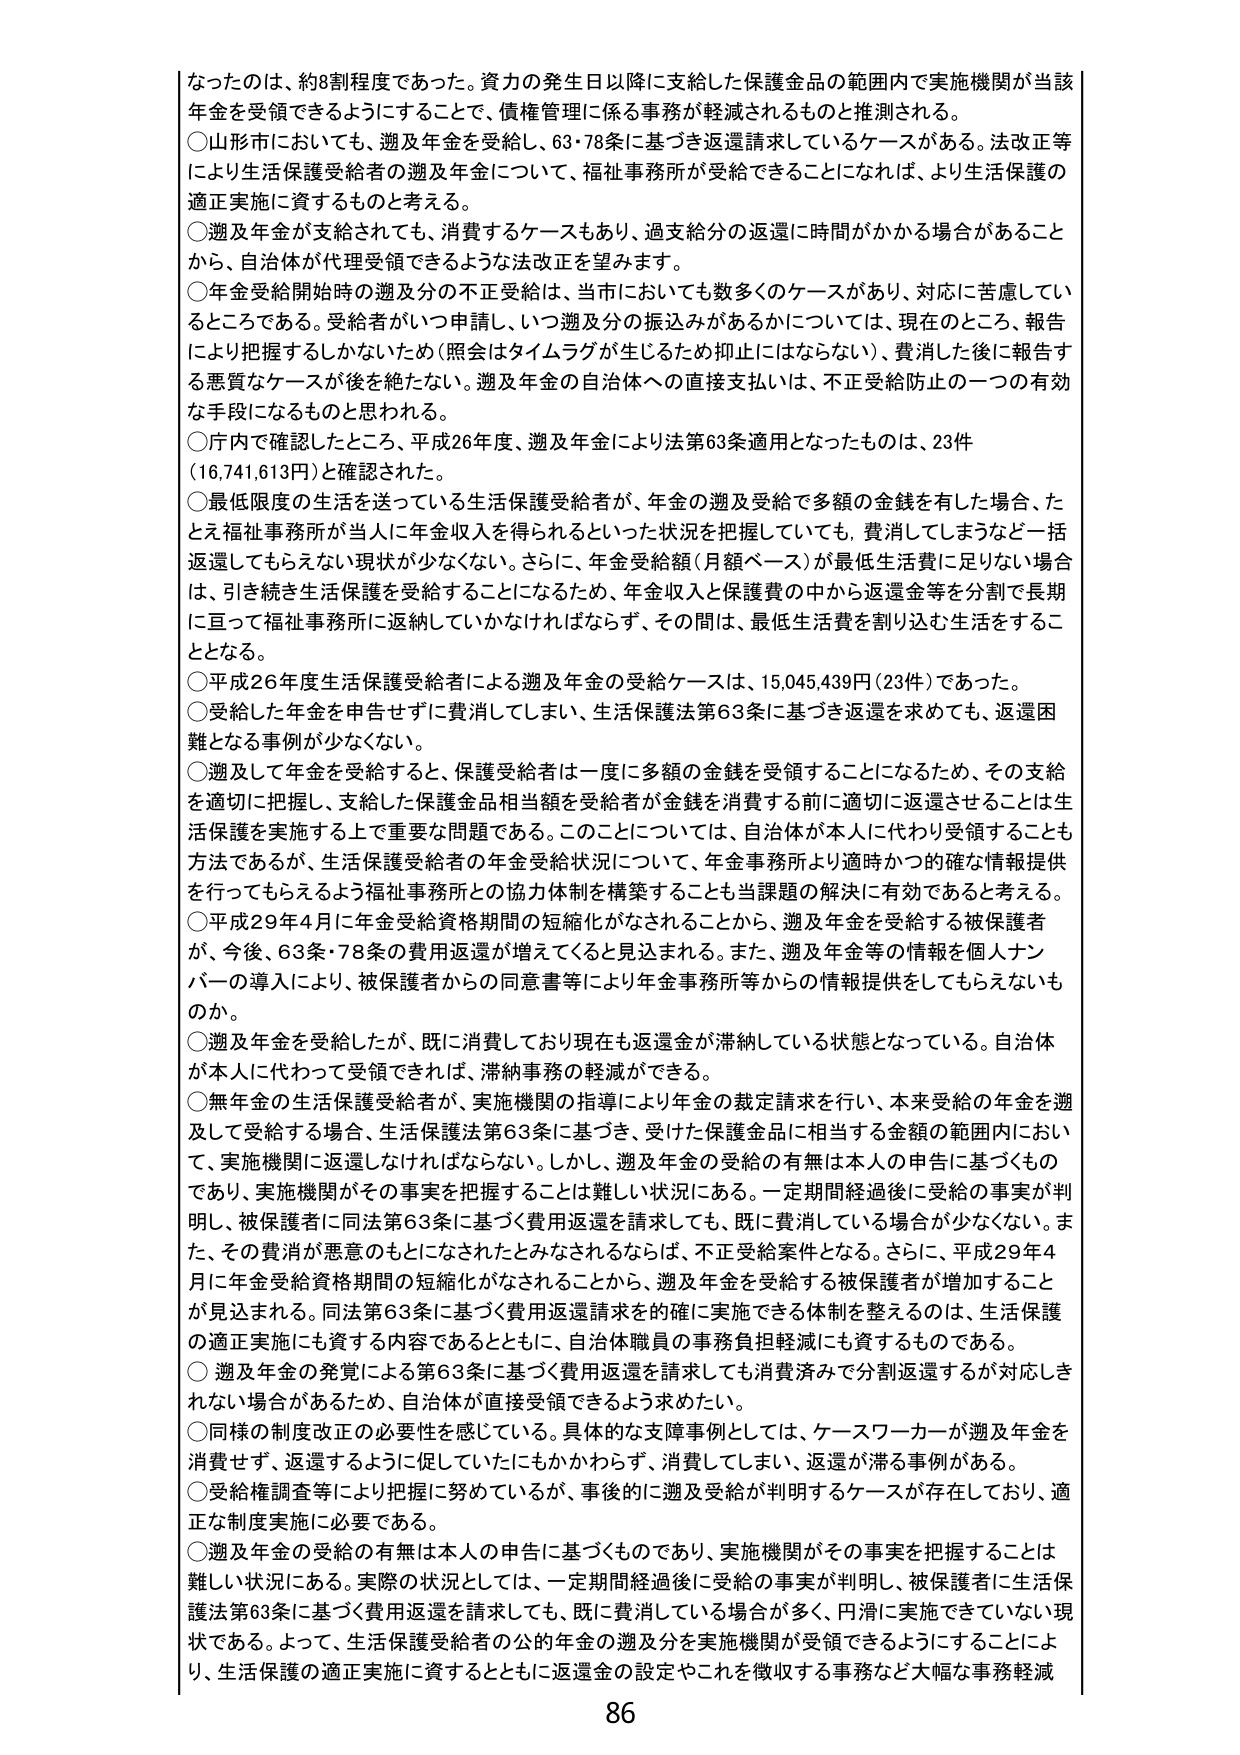
なったのは、約8割程度であった。資力の発生日以降に支給した保護金品の範囲内で実施機関が当該年金を受領できるようにすることで、債権管理に係る事務が軽減されるものと推測される。

○山形市においても、遡及年金を受給し、63・78条に基づき返還請求しているケースがある。法改正等により生活保護受給者の遡及年金について、福祉事務所が受給できることになれば、より生活保護の適正実施に資するものと考える。

○遡及年金が支給されても、消費するケースもあり、過支給分の返還に時間がかかる場合があることから、自治体が代理受領できるような法改正を望みます。

○年金受給開始時の遡及分の不正受給は、当市においても数多くのケースがあり、対応に苦慮しているところである。受給者がいつ申請し、いつ遡及分の振込みがあるかについては、現在のところ、報告により把握するしかないため（照会はタイムラグが生じるため抑止にはならない）、費消した後に報告する悪質なケースが後を絶たない。遡及年金の自治体への直接支払いは、不正受給防止の一つの有効な手段になるものと思われる。

○庁内で確認したところ、平成26年度、遡及年金により法第63条適用となったものは、23件（16,741,613円）と確認された。

○最低限度の生活を送っている生活保護受給者が、年金の遡及受給で多額の金銭を有した場合、たとえ福祉事務所が当人に年金収入を得られるといった状況を把握していても、費消してしまうなど一括返還してもらえない現状が少なくない。さらに、年金受給額（月額ベース）が最低生活費に足りない場合は、引き続き生活保護を受給することになるため、年金収入と保護費の中から返還金等を分割で長期に亘って福祉事務所に返納していかなければならない、その間は、最低生活費を割り込む生活をすることとなる。

○平成26年度生活保護受給者による遡及年金の受給ケースは、15,045,439円（23件）であった。

○受給した年金を申告せずに費消してしまい、生活保護法第63条に基づき返還を求めても、返還困難となる事例が少なくない。

○遡及して年金を受給すると、保護受給者は一度に多額の金銭を受領することになるため、その支給を適切に把握し、支給した保護金品相当額を受給者が金銭を消費する前に適切に返還させることは生活保護を実施する上で重要な問題である。このことについては、自治体が本人に代わり受領することも方法であるが、生活保護受給者の年金受給状況について、年金事務所より適時かつ的確な情報提供を行ってもらえるよう福祉事務所との協力体制を構築することも当課題の解決に有効であると考える。

○平成29年4月に年金受給資格期間の短縮化がなされることから、遡及年金を受給する被保護者が、今後、63条・78条の費用返還が増えてくると見込まれる。また、遡及年金等の情報を個人ナンバーの導入により、被保護者からの同意書等により年金事務所等からの情報提供をしてもらえないものか。

○遡及年金を受給したが、既に消費しており現在も返還金が滞納している状態となっている。自治体が本人に代わって受領できれば、滞納事務の軽減ができる。

○無年金の生活保護受給者が、実施機関の指導により年金の裁定請求を行い、本来受給の年金を遡及して受給する場合、生活保護法第63条に基づき、受けた保護金品に相当する金額の範囲内において、実施機関に返還しなければならない。しかし、遡及年金の受給の有無は本人の申告に基づくものであり、実施機関がその事実を把握することは難しい状況にある。一定期間経過後に受給の事実が判明し、被保護者に同法第63条に基づく費用返還を請求しても、既に費消している場合が少なくない。また、その費消が悪意のもとになされたとみなされるならば、不正受給案件となる。さらに、平成29年4月に年金受給資格期間の短縮化がなされることから、遡及年金を受給する被保護者が増加することが見込まれる。同法第63条に基づく費用返還請求を的確に実施できる体制を整えるのは、生活保護の適正実施にも資する内容であるとともに、自治体職員の事務負担軽減にも資するものである。

○遡及年金の発覚による第63条に基づく費用返還を請求しても消費済みで分割返還するが対応しきれない場合があるため、自治体が直接受領できるよう求めたい。

○同様の制度改正の必要性を感じている。具体的な支障事例としては、ケースワーカーが遡及年金を消費せず、返還するように促していたにもかかわらず、消費してしまい、返還が滞る事例がある。

○受給権調査等により把握に努めているが、事後的に遡及受給が判明するケースが存在しており、適正な制度実施に必要である。

○遡及年金の受給の有無は本人の申告に基づくものであり、実施機関がその事実を把握することは難しい状況にある。実際の状況としては、一定期間経過後に受給の事実が判明し、被保護者に生活保護法第63条に基づく費用返還を請求しても、既に費消している場合が多く、円滑に実施できていない現状である。よって、生活保護受給者の公的年金の遡及分を実施機関が受領できるようにすることにより、生活保護の適正実施に資するとともに返還金の設定やこれを徴収する事務など大幅な事務軽減

86